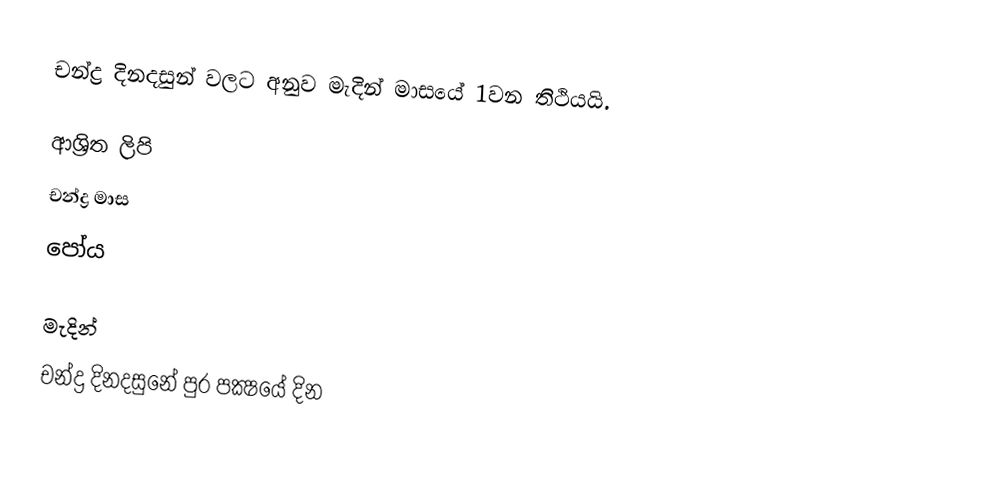
චන්ද්‍ර දිනදසුන් වලට අනුව මැදින් මාසයේ 1වන තිථියයි.

ආශ්‍රිත ලිපි
 චන්ද්‍ර මාස
 පෝය

මැදින්
චන්ද්‍ර දිනදසුනේ පුර පක්‍ෂයේ දින